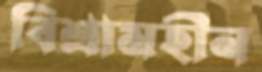
বিশ্রামহীন